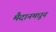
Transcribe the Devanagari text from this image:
मैदानमधून